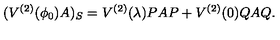
( V ^ { ( 2 ) } ( \phi _ { 0 } ) A ) _ { S } = V ^ { ( 2 ) } ( \lambda ) P A P + V ^ { ( 2 ) } ( 0 ) Q A Q .